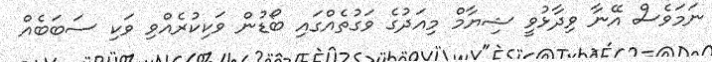
ނަމަވެސް އޭނާ ވިދާޅުވީ ޝިޔާމް މިއަދުގެ ވަގުތެއްގައި ބޯޑުން ވަކިކުރެއްވި ވަކި ސަބަބެއް